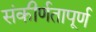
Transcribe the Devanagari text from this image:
संकीर्णतापूर्ण